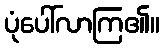
ပုံပေါ်လာကြ၏။